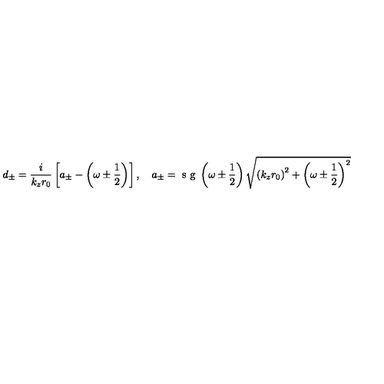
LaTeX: d _ { \pm } = \frac { i } { k _ { z } r _ { 0 } } \left[ a _ { \pm } - \left( \omega \pm \frac 1 2 \right) \right] , \quad a _ { \pm } = \textrm { s g } \left( \omega \pm \frac 1 2 \right) \sqrt { \left( k _ { z } r _ { 0 } \right) ^ { 2 } + \left( \omega \pm \frac 1 2 \right) ^ { 2 } }